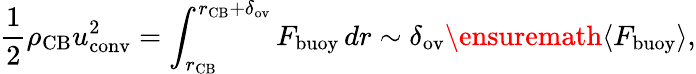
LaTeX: \frac{1}{2}\rho_{\mathrm{CB}}u_{\mathrm{conv}}^{2}=\int_{r_{\mathrm{CB}}}^{r_{\mathrm{CB}}+\delta_{\mathrm{ov}}}F_{\mathrm{buoy}}\, dr\sim\delta_{\mathrm{ov}}\ensuremath{\left\langle F_{\mathrm{buoy}}\right\rangle},